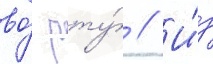
во́ рту́ // И́з